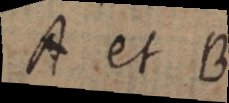
A et B